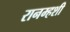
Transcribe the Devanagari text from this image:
रानम्हशी